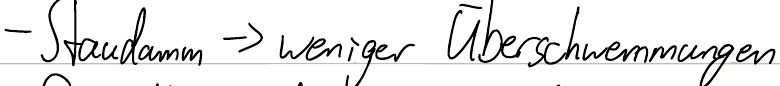
- Staudamm -> weniger Überschwemmungen